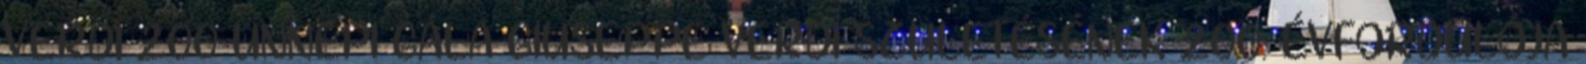
VERDI 200 ÜNNEPI GÁLA GIUSEPPE VERDI SZÜLETÉSÉNEK 200. ÉVFORDULÓJA